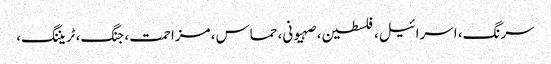
سرنگ، اسرائیل، فلسطین، صہیونی، حماس، مزاحمت، جنگ، ٹریننگ،